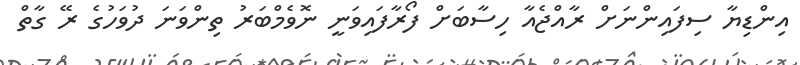
އިންޑިޔާ ސިފައިންނަށް ރާއްޖެއާ ހިސާބަށް ފޯރާފައިވަނީ ނޮވެމްބަރު ތިންވަނަ ދުވަހުގެ ރޭ ގާތް